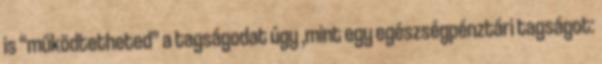
is “működtetheted” a tagságodat úgy ,mint egy egészségpénztári tagságot: